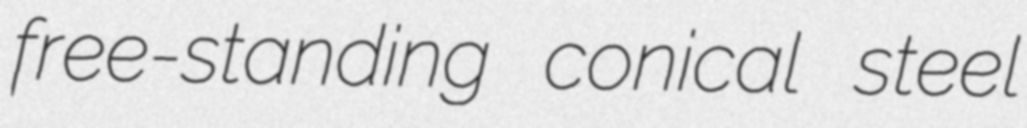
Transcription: free-standing conical steel